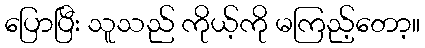
ပြောပြီး သူသည် ကိုယ့်ကို မကြည့်တော့။